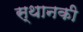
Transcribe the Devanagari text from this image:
स्‍थानकी